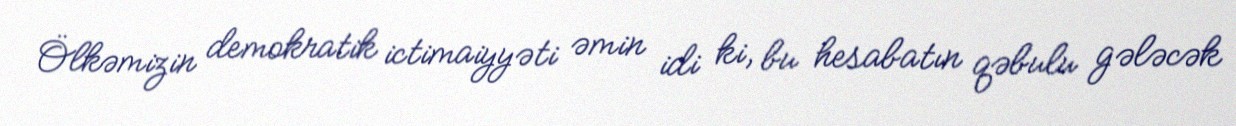
Ölkəmizin demokratik ictimaiyyəti əmin idi ki, bu hesabatın qəbulu gələcək